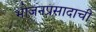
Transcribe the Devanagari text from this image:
भोजनप्रसादाची